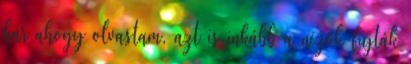
bár ahogy olvastam, azt is inkább a nézők fújták